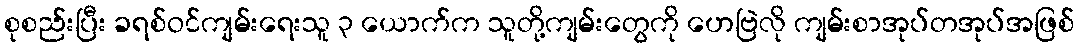
စုစည်းပြီး ခရစ်ဝင်ကျမ်းရေးသူ ၃ ယောက်က သူတို့ကျမ်းတွေကို ဟေဗြဲလို ကျမ်းစာအုပ်တအုပ်အဖြစ်